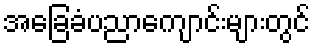
အခြေခံပညာကျောင်းများတွင်